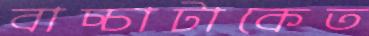
বাচ্চাটাকেত